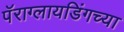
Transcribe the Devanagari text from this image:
पॅराग्लायडिंगच्या